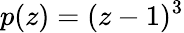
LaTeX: p(z)=(z-1)^{3}